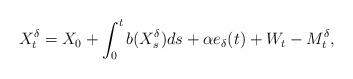
LaTeX: \begin{align*}X^\delta_{t}=X_0 + \int_{0}^{t}b(X^\delta_{s})ds + \alpha e_\delta(t) + W_{t}-M^\delta_{t},\end{align*}